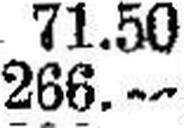
266.—